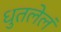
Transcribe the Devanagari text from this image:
धुतलेलं